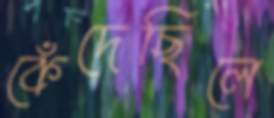
কেঁদেছিলে